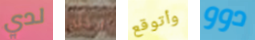
لدي ادخل وأتوقع دوو